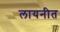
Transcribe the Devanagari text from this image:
लायनीत